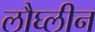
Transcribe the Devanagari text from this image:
लौघ्लीन